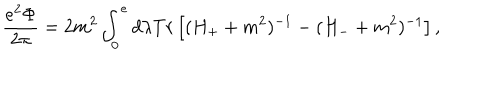
\displaystyle \frac { e ^ { 2 } \Phi } { 2 \pi } = 2 m ^ { 2 } \displaystyle \int _ { 0 } ^ { e } d \lambda T r \left[ ( H _ { + } + m ^ { 2 } ) ^ { - 1 } - ( H _ { - } + m ^ { 2 } ) ^ { - 1 } \right] ,